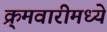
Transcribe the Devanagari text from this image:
क्र्मवारीमध्ये